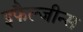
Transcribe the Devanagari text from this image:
इफैल्जीन्स